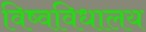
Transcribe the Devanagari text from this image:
विष्वविधालय